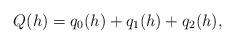
LaTeX: \begin{align*}Q(h)=q_0(h)+q_1(h)+q_2(h),\end{align*}